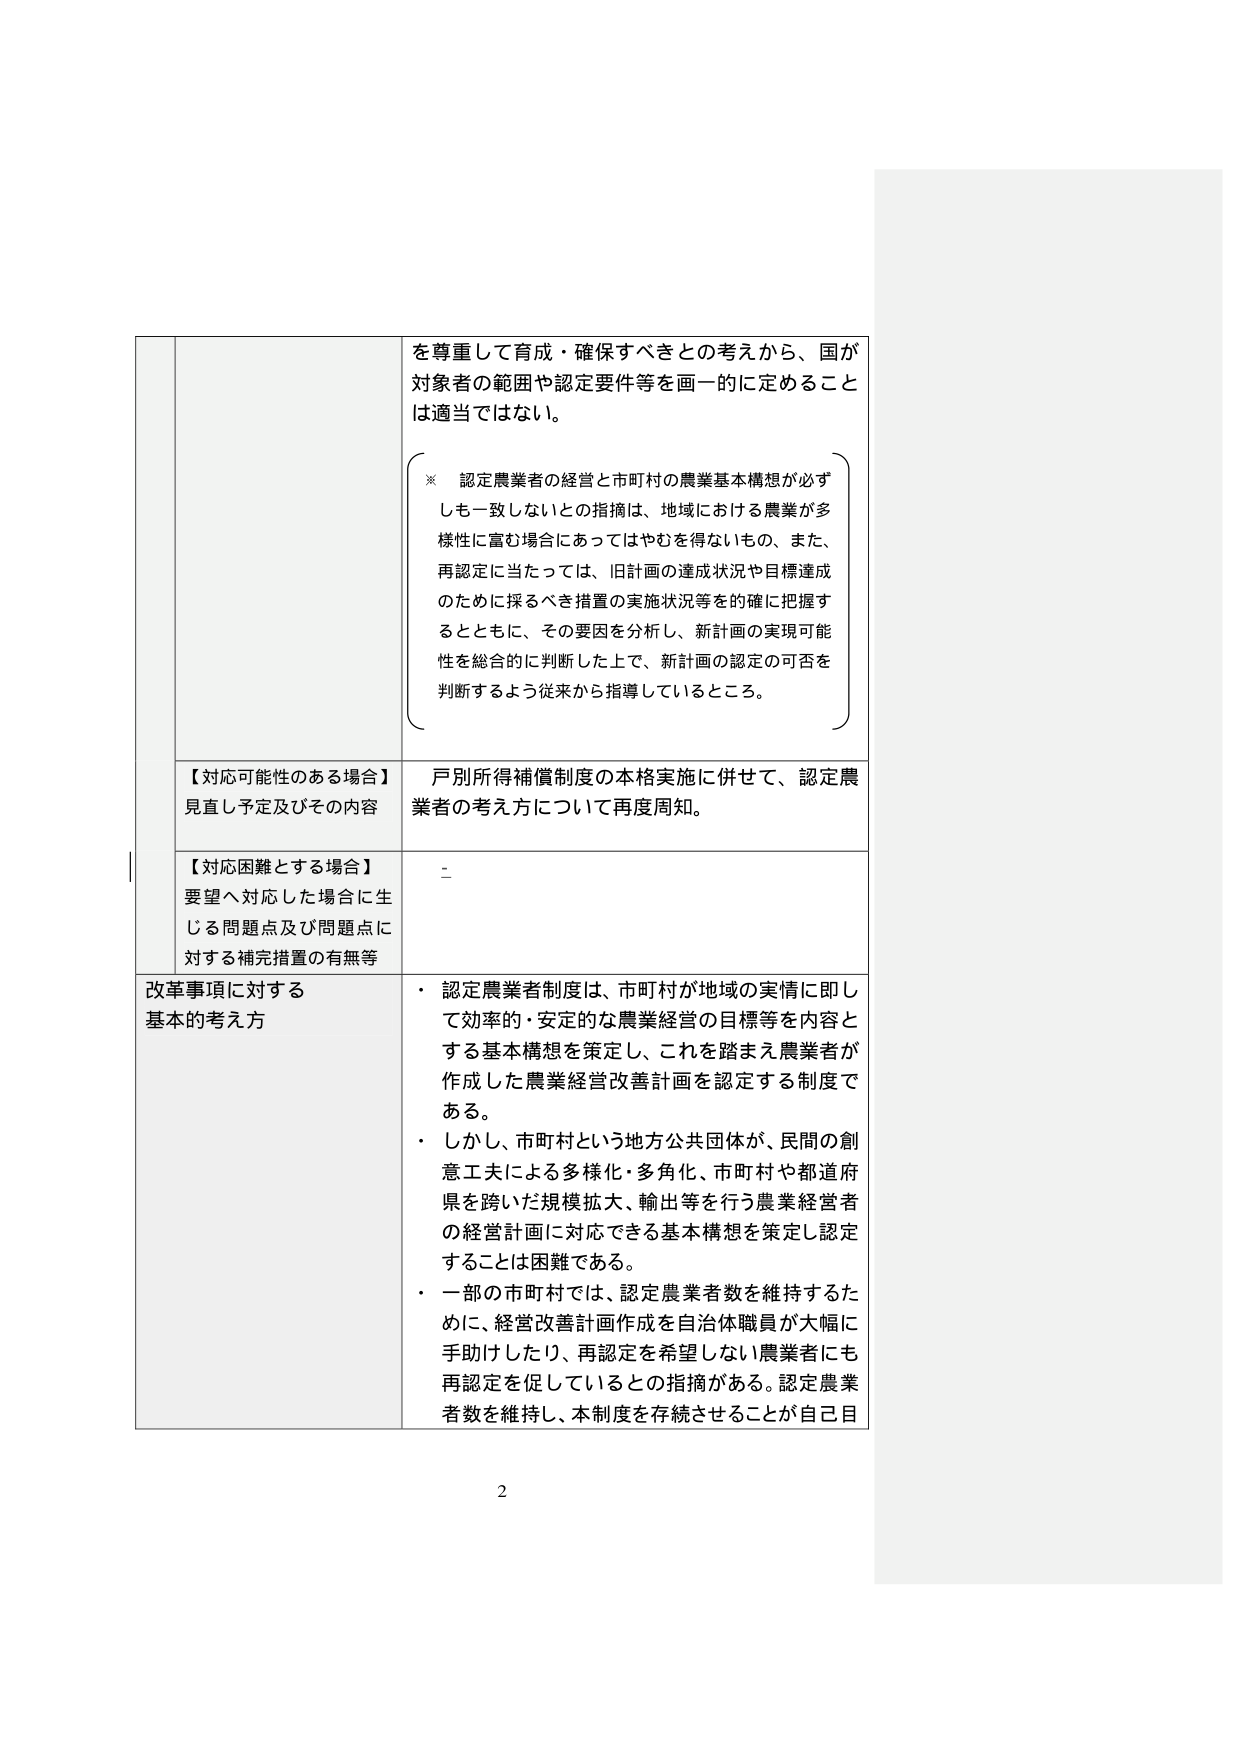
を尊重して育成・確保すべきとの考えから、国が
対象者の範囲や認定要件等を画一的に定めること
は適当ではない。

※ 認定農業者の経営と市町村の農業基本構想が必ず
しも一致しないとの指摘は、地域における農業が多
様性に富む場合にあってはやむを得ないもの、また、
再認定に当たっては、旧計画の達成状況や目標達成
のために採るべき措置の実施状況等を的確に把握す
るとともに、その要因を分析し、新計画の実現可能
性を総合的に判断した上で、新計画の認定の可否を
判断するよう従来から指導しているところ。

【対応可能性のある場合】
見直し予定及びその内容
戸別所得補償制度の本格実施に併せて、認定農
業者の考え方について再度周知。

【対応困難とする場合】
要望へ対応した場合に生
じる問題点及び問題点に
対する補完措置の有無等
－

改革事項に対する
基本的考え方
・ 認定農業者制度は、市町村が地域の実情に即し
て効率的・安定的な農業経営の目標等を内容と
する基本構想を策定し、これを踏まえ農業者が
作成した農業経営改善計画を認定する制度で
ある。
・ しかし、市町村という地方公共団体が、民間の創
意工夫による多様化・多角化、市町村や都道府
県を跨いだ規模拡大、輸出等を行う農業経営者
の経営計画に対応できる基本構想を策定し認定
することは困難である。
・ 一部の市町村では、認定農業者数を維持するた
めに、経営改善計画作成を自治体職員が大幅に
手助けしたり、再認定を希望しない農業者にも
再認定を促しているとの指摘がある。認定農業
者数を維持し、本制度を存続させることが自己目

2